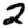
Digit: 2